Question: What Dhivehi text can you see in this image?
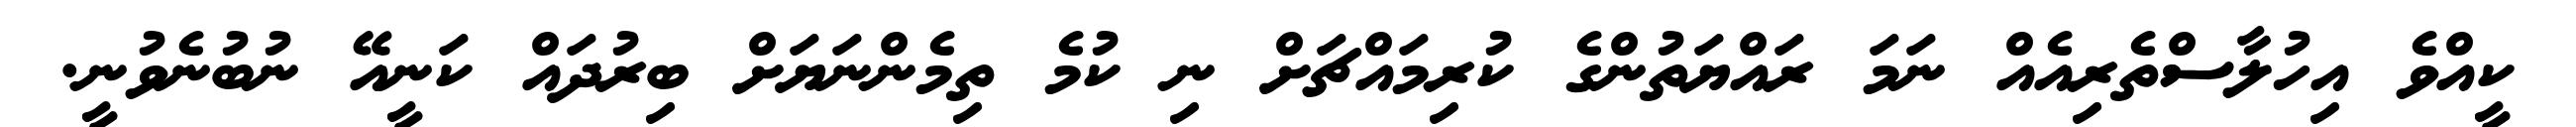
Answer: ކީއްވެ އިހުލާސްތެރިއެއް ނަމަ ރައްޔަތުންގެ ކުރިމައްޗަށް ނި ކުމެ ތިމެންނަޔަށް ބިރުދައް ކަނީއޭ ނުބުނެވުނީ.